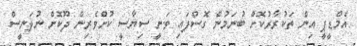
އެމްޑީޕީ އިން ތަކުރާރުކޮށް ބުނަމުން ގޮސްފައި ވަނީ ސިޔާސީ ކުށްވެރިން ދޫކޮށް ނުލަނީސް